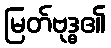
မြတ်ဗုဒ္ဓ၏